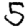
Digit: 5